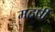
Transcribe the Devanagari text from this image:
महर्षीं